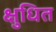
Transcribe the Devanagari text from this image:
क्षुधित